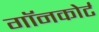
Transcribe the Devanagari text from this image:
गॉनकोर्ट